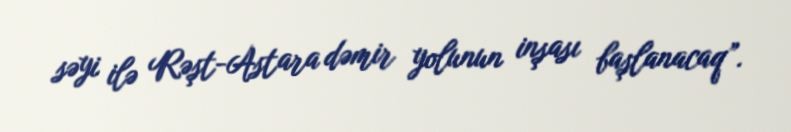
səyi ilə Rəşt-Astara dəmir yolunun inşası başlanacaq”.